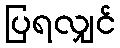
ပြရလျှင်